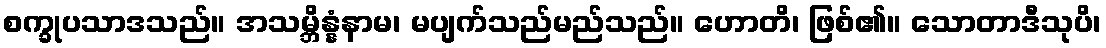
စက္ခုပသာဒသည်။ အသမ္ဘိန္နံနာမ၊ မပျက်သည်မည်သည်။ ဟောတိ၊ ဖြစ်၏။ သောတာဒီသုပိ၊